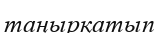
таңырқатып